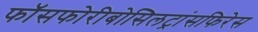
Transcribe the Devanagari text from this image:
फॉसफोरीबोसिलट्रांसफिरेस